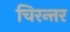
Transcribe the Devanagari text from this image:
चिरन्तर